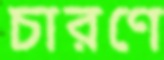
চারণে